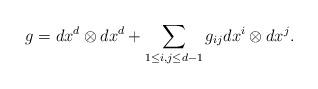
LaTeX: \begin{align*} g=dx^d\otimes dx^d +\sum\limits_{1\leq i,j\leq d-1} g_{ij} dx^i\otimes dx^j.\end{align*}